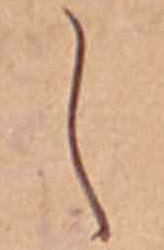
し